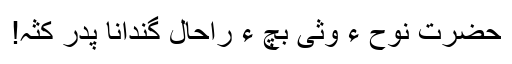
حضرت نوحؑ ءَ وثی بچ ءَ راحال گندانا پدر کثہ!